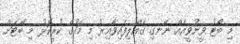
މި ބޯޓު ވީނުވީއެއް ނޭނގި ގެއްލިފައިވާއިރު މި މަހުގެ ކުރީކޮޅު މި ބޯޓަށް